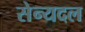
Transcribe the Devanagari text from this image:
सेन्यदल